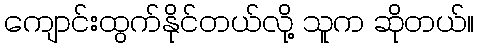
ကျောင်းထွက်နိုင်တယ်လို့ သူက ဆိုုတယ်။